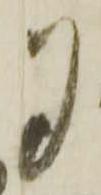
夕